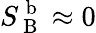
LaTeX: S_{\mathrm{~B~}}^{\mathrm{~b~}}\approx 0